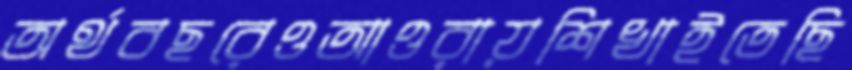
অর্থবছরেওআওরায়শিখাইতেছি